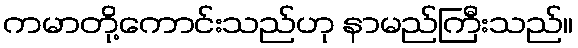
ကမာတို့ကောင်းသည်ဟု နာမည်ကြီးသည်။